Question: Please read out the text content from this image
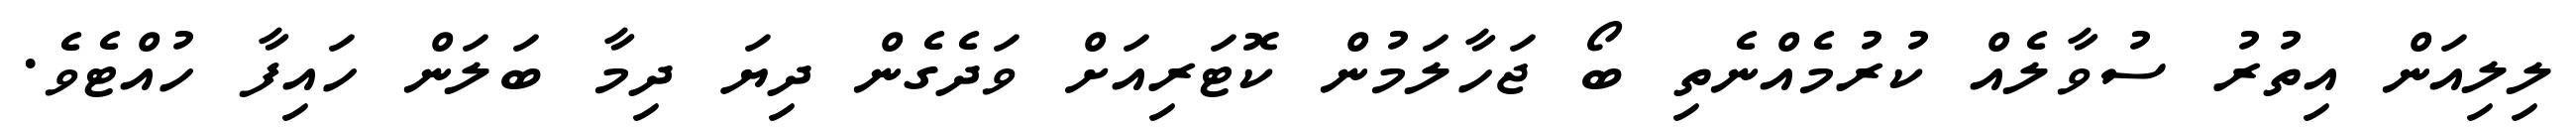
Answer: ލިލިއަން އިތުރު ސުވާލެއް ކުރުމެއްނެތި ބޯ ޖަހާލަމުން ކޮޓަރިއަށް ވަދެގެން ދިޔަ ދިމާ ބަލަން ހައިފާ ހުއްޓެވެ.